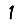
Digit: 1